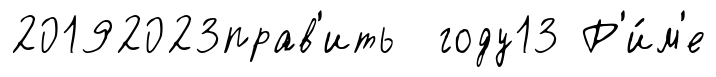
20192023прав'ить году13 Р'и́м'е